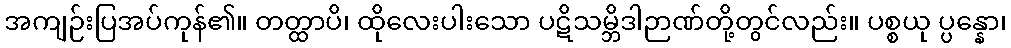
အကျဉ်းပြအပ်ကုန်၏။ တတ္ထာပိ၊ ထိုလေးပါးသော ပဋိသမ္ဘိဒါဉာဏ်တို့တွင်လည်း။ ပစ္စယု ပ္ပန္နော၊